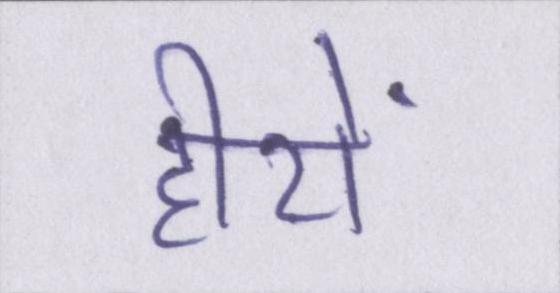
हीरों